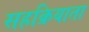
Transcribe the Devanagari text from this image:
सहक्रियाता